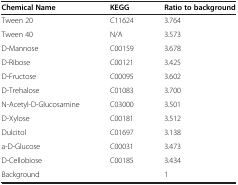
| Chemical Name | KEGG | Ratio to background |
 | --- | --- | --- |
 | Tween 20 | C11624 | 3.764 |
 | Tween 40 | N/A | 3.573 |
 | D-Mannose | C00159 | 3.678 |
 | D-Ribose | C00121 | 3.425 |
 | D-Fructose | C00095 | 3.602 |
 | D-Trehalose | C01083 | 3.700 |
 | N-Acetyl-D-Glucosamine | C03000 | 3.501 |
 | D-Xylose | C00181 | 3.512 |
 | Dulcitol | C01697 | 3.138 |
 | a-D-Glucose | C00031 | 3.473 |
 | D-Cellobiose | C00185 | 3.434 |
 | Background |  | 1 |